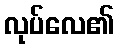
လုပ်လေ၏